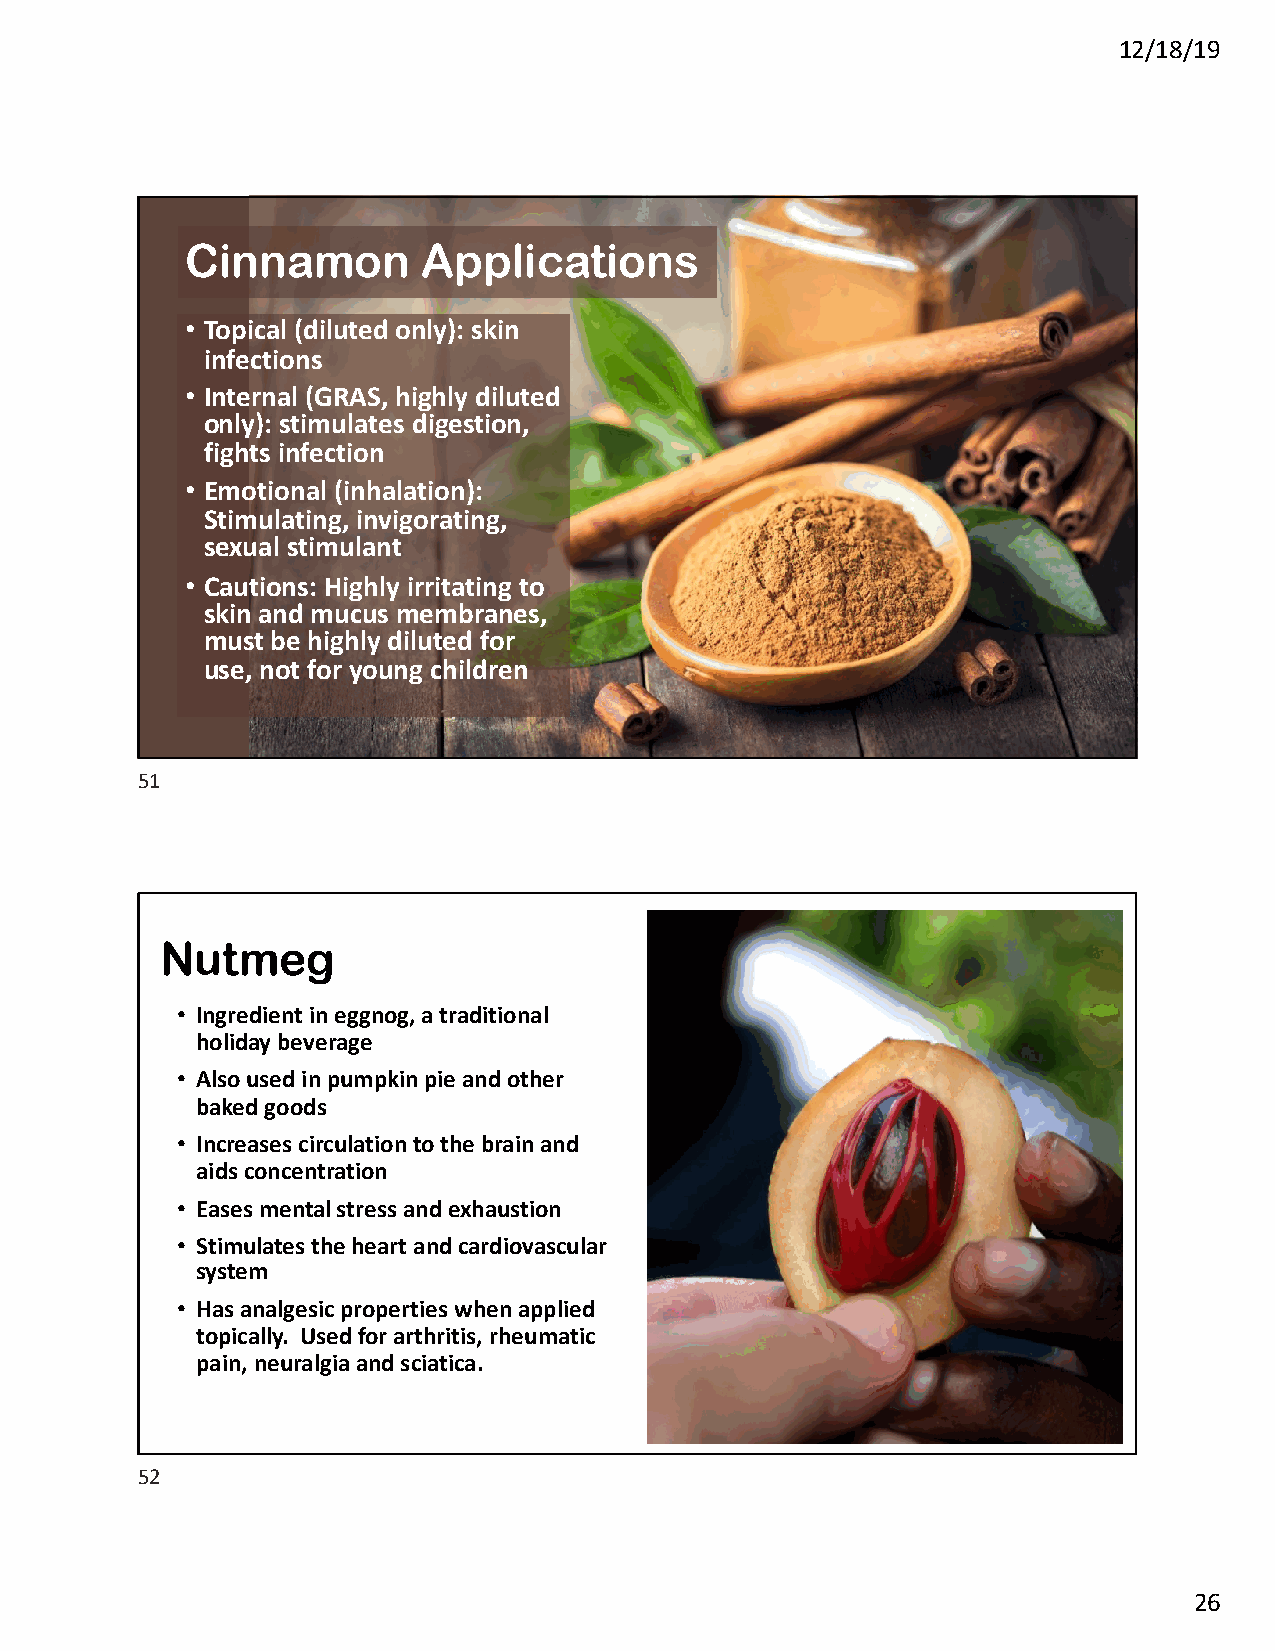
12/18/19
 Cinnamon        Applications
 • Topical (diluted only): skin
 infections
 • Internal (GRAS, highly diluted
 only): stimulates digestion,
 fights infection
 • Emotional (inhalation):
 Stimulating, invigorating,
 sexual stimulant
 • Cautions: Highly irritating to
 skin and mucus membranes,
 must be highly diluted for
 use, not for young children
 51
 Nutmeg
 • Ingredient in eggnog, a traditional
 holiday beverage
 • Also used in pumpkin pie and other
 baked goods
 • Increases circulation to the brain and
 aids concentration
 • Eases mental stress and exhaustion
 • Stimulates the heart and cardiovascular
 system
 • Has analgesic properties when applied
 topically. Used for arthritis, rheumatic
 pain, neuralgia and sciatica.
 52
 26